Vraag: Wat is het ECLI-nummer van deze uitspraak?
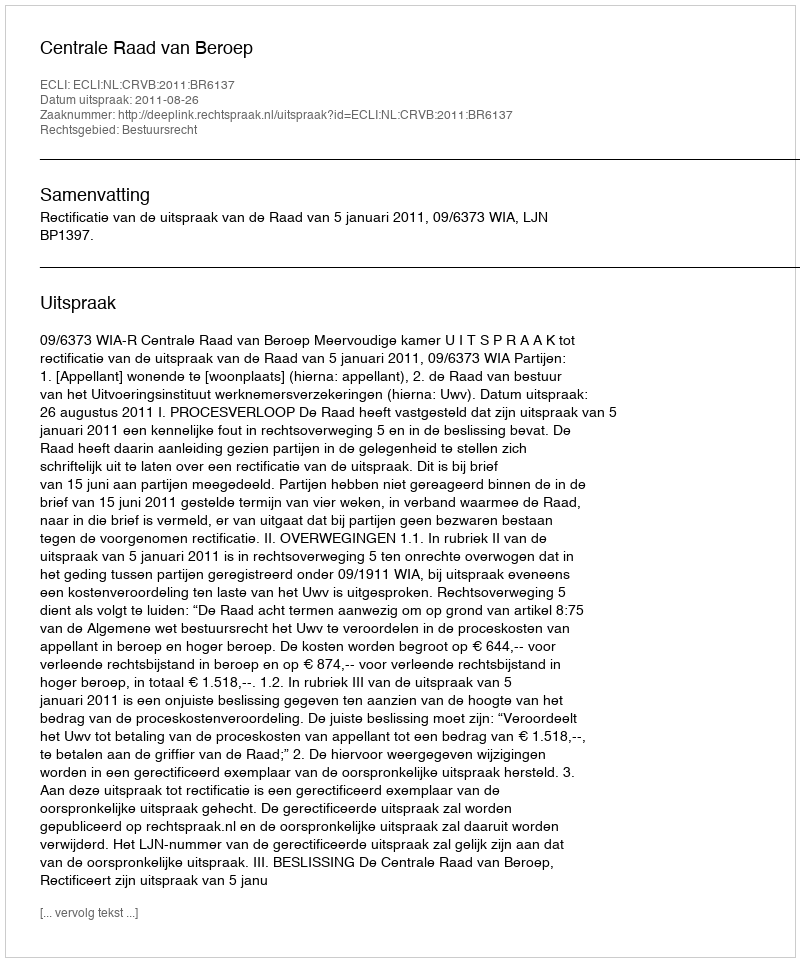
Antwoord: ECLI:NL:CRVB:2011:BR6137